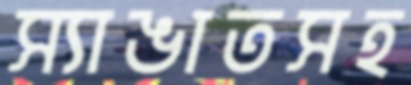
স্যাঙাতসহ